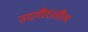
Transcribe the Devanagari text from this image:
उदगीरातील